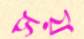
সয়